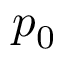
p _ { 0 }